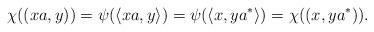
LaTeX: \begin{align*} \chi ((xa,y))= \psi(\langle xa,y\rangle) =\psi(\langle x,ya^{*}\rangle) = \chi ((x,ya^{*})).\end{align*}